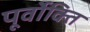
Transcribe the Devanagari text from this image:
पूर्वोक्ति